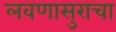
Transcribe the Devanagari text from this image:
लवणासुराचा